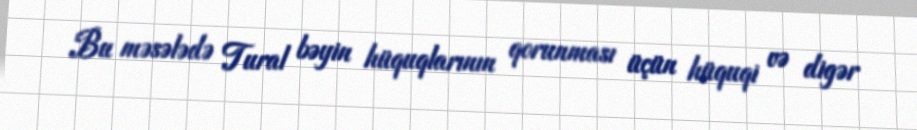
Bu məsələdə Tural bəyin hüquqlarının qorunması üçün hüquqi və digər